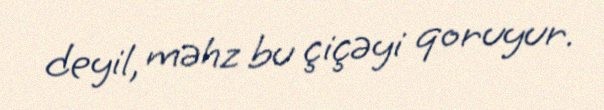
deyil, məhz bu çiçəyi qoruyur.